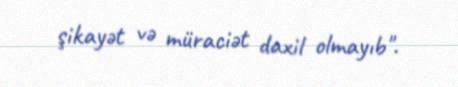
şikayət və müraciət daxil olmayıb".